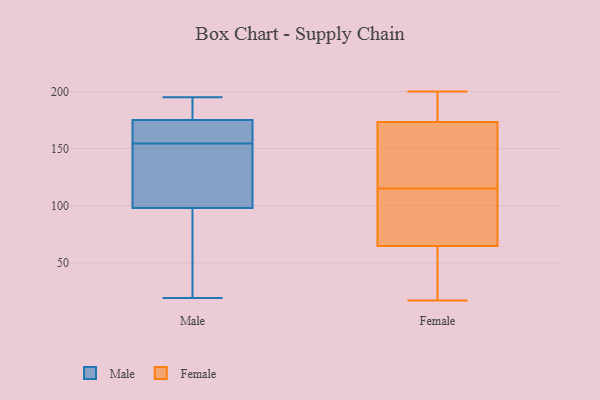
{"axis": {"x": "Tickets Resolved", "y": "Value"}, "legend": ["Female", "Male"], "data": [{"x": "", "y": 192, "type": "Male"}, {"x": "", "y": 20, "type": "Male"}, {"x": "", "y": 184, "type": "Male"}, {"x": "", "y": 146, "type": "Male"}, {"x": "", "y": 151, "type": "Male"}, {"x": "", "y": 158, "type": "Male"}, {"x": "", "y": 173, "type": "Male"}, {"x": "", "y": 195, "type": "Male"}, {"x": "", "y": 175, "type": "Male"}, {"x": "", "y": 160, "type": "Male"}, {"x": "", "y": 84, "type": "Male"}, {"x": "", "y": 98, "type": "Male"}, {"x": "", "y": 148, "type": "Male"}, {"x": "", "y": 19, "type": "Male"}, {"x": "", "y": 157, "type": "Female"}, {"x": "", "y": 63, "type": "Female"}, {"x": "", "y": 115, "type": "Female"}, {"x": "", "y": 114, "type": "Female"}, {"x": "", "y": 150, "type": "Female"}, {"x": "", "y": 58, "type": "Female"}, {"x": "", "y": 70, "type": "Female"}, {"x": "", "y": 53, "type": "Female"}, {"x": "", "y": 159, "type": "Female"}, {"x": "", "y": 187, "type": "Female"}, {"x": "", "y": 200, "type": "Female"}, {"x": "", "y": 17, "type": "Female"}, {"x": "", "y": 197, "type": "Female"}, {"x": "", "y": 178, "type": "Female"}, {"x": "", "y": 88, "type": "Female"}]}